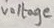
Text: voltage